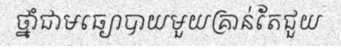
ថ្នាំជាមធ្យោបាយមួយគ្រាន់តែជួយ